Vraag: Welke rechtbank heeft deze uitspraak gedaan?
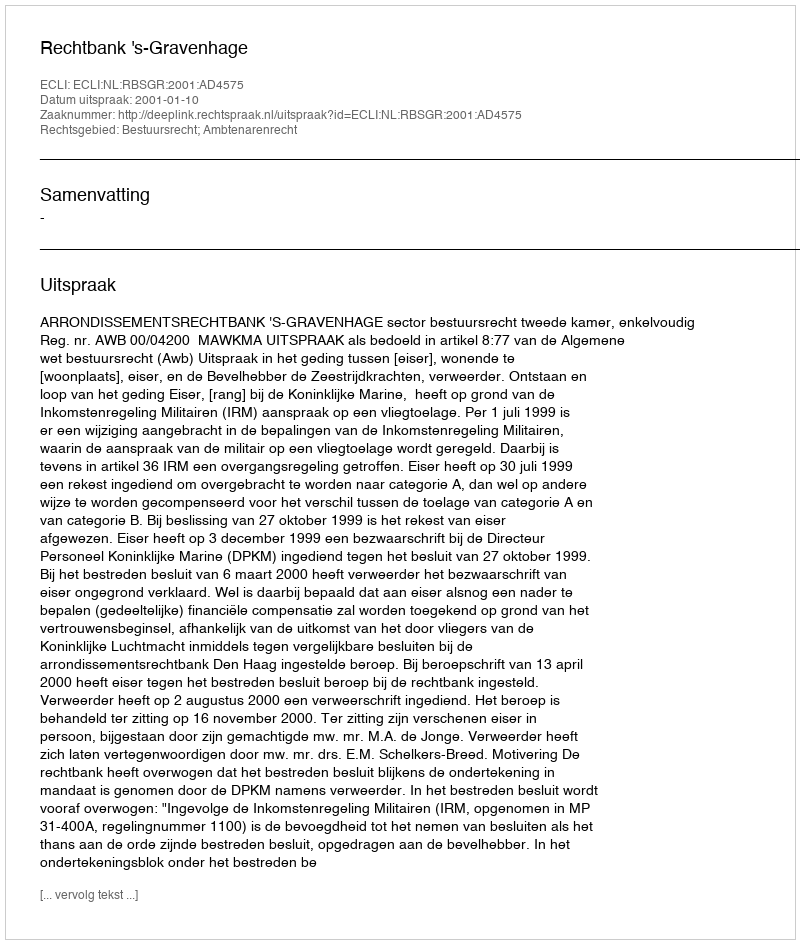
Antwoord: Rechtbank 's-Gravenhage